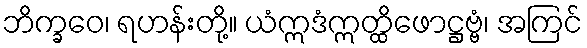
ဘိက္ခဝေ၊ ရဟန်းတို့။ ယံဣဒံဣတ္ထိဖောဋ္ဌဗ္ဗံ၊ အကြင်